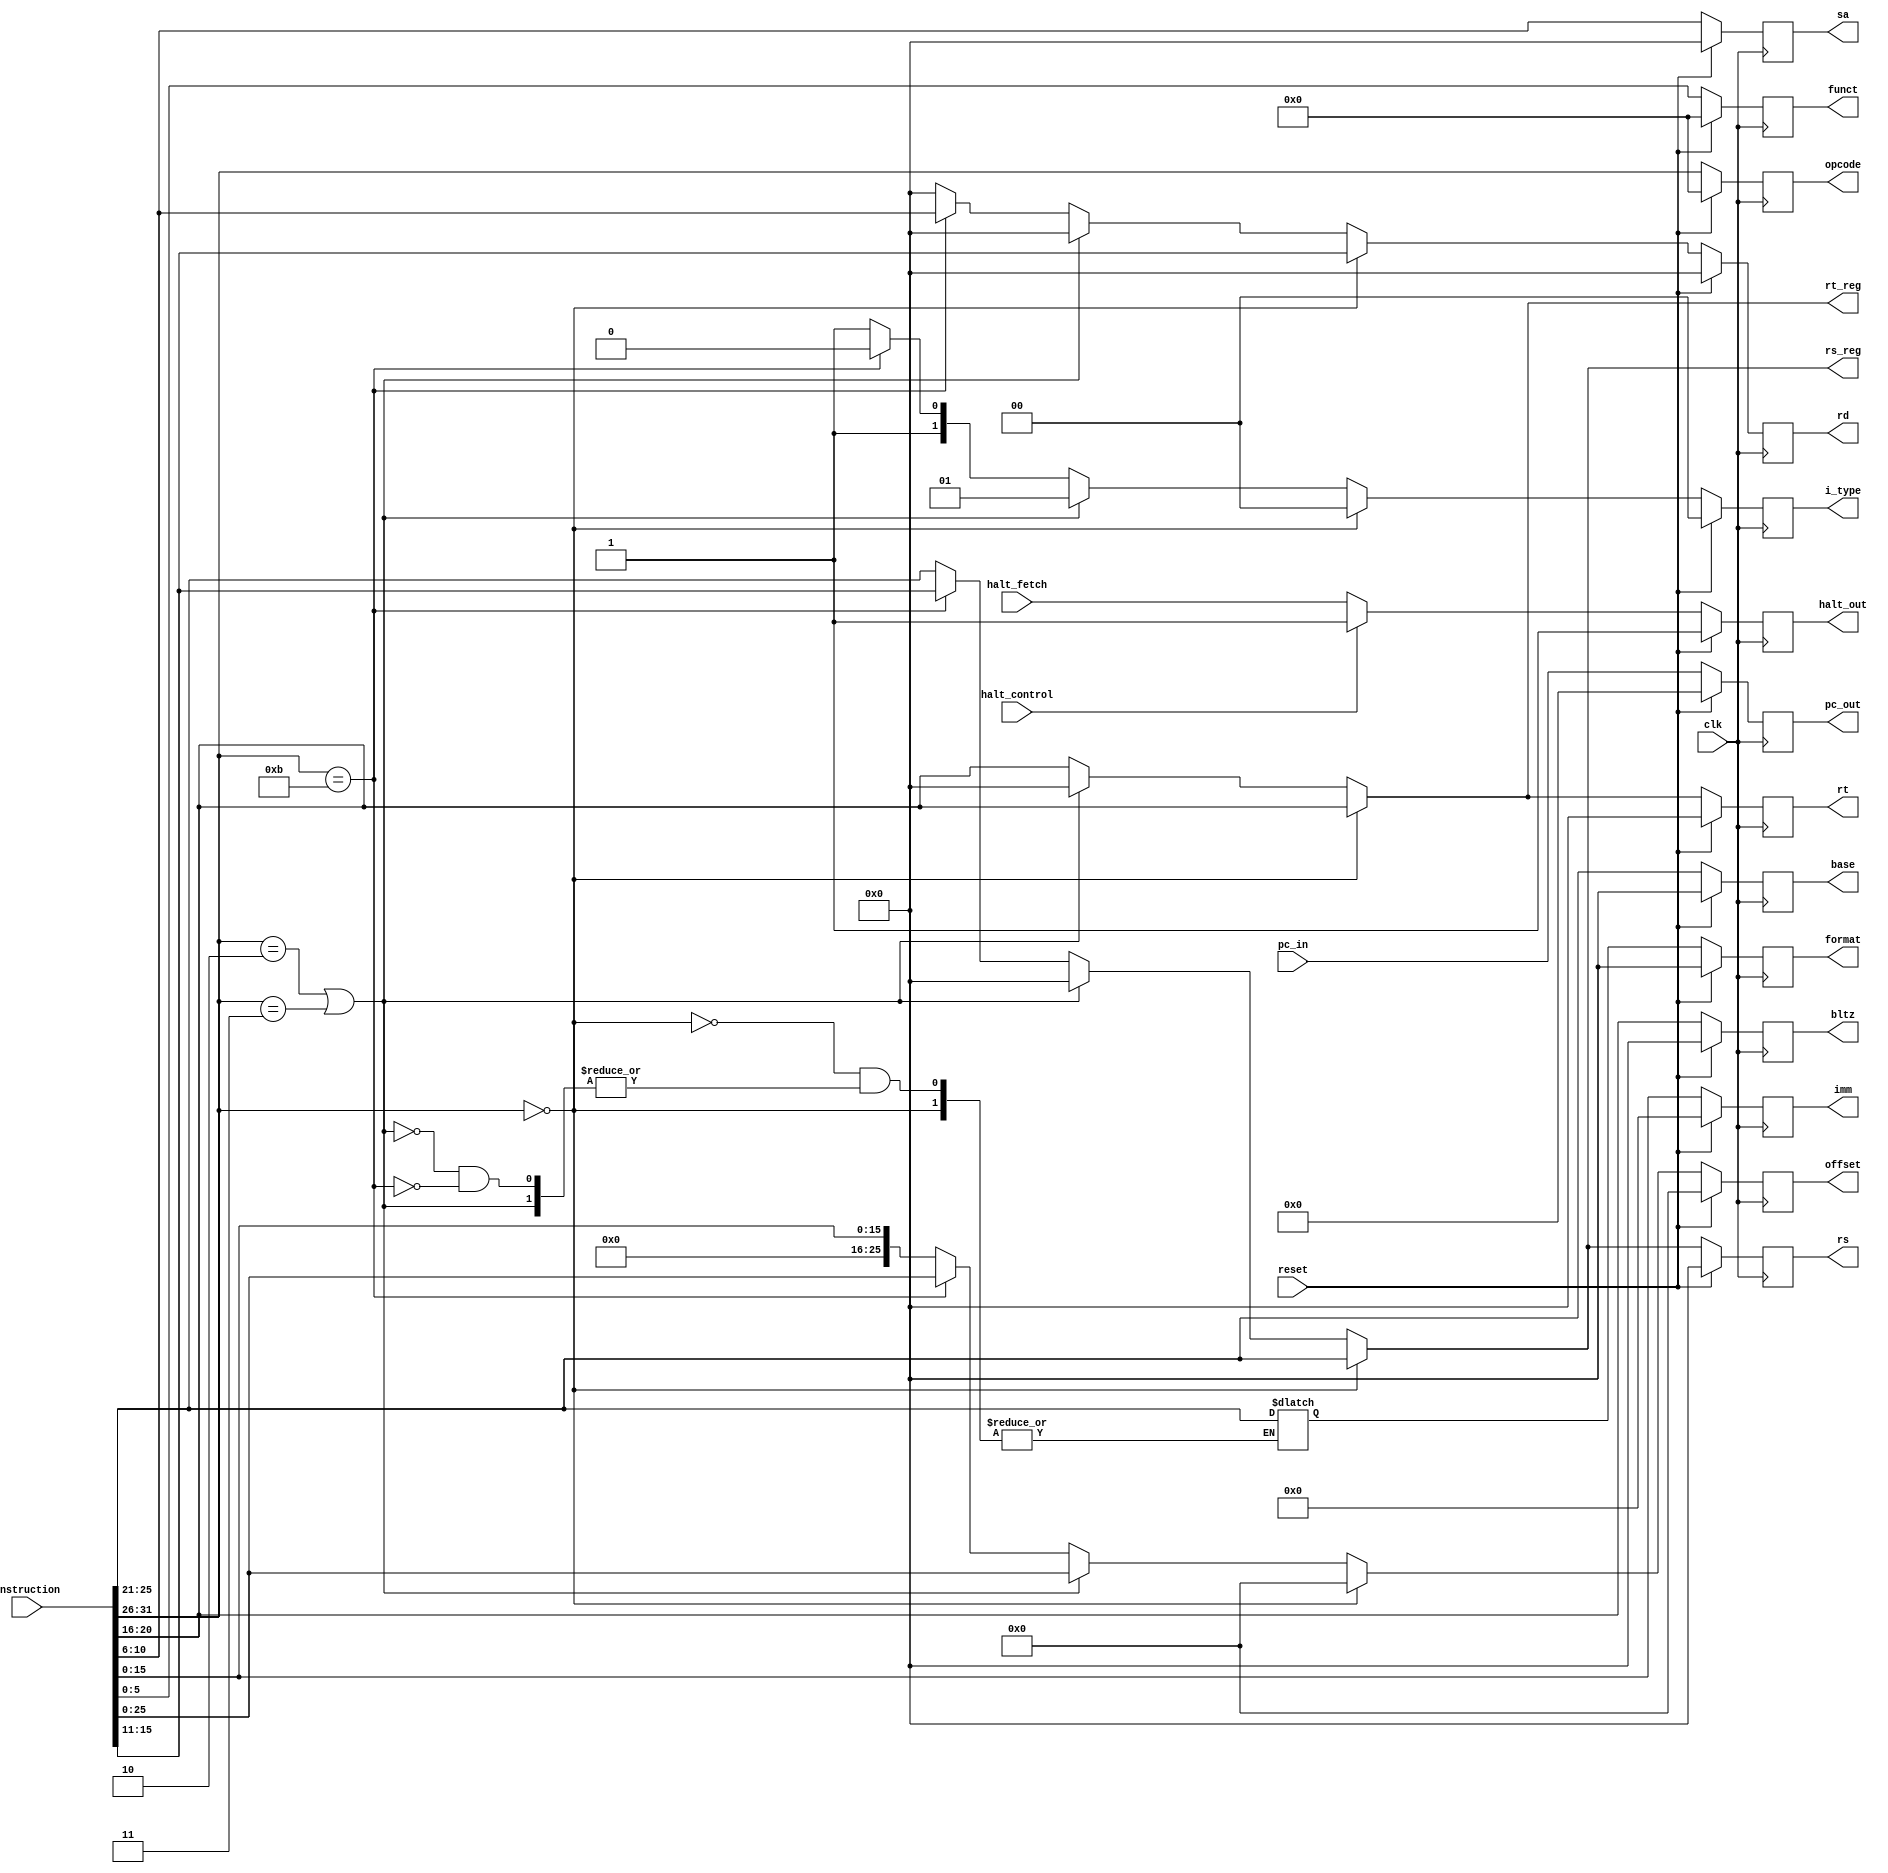
module id_stage(
				input wire 		  clk, // global clock
				input wire 		  reset, // global reset
				input wire [31:0] instruction, // from memory
				input wire [31:0] pc_in, //from if stage
				input wire 		  halt_fetch, // from if stage
				input wire 		  halt_control, // from control unit

				output reg [5:0]  opcode, // to the ex stage
				output reg [4:0]  format, // to the ex stage
				output reg [5:0]  funct, // to the ex stage
				output reg [4:0]  rs, // to the ex stage
				output reg [4:0]  rt, // to the ex stage
				output reg [4:0]  rd, // to the ex stage
				output reg [15:0] imm, // to the ex stage
				output reg [25:0] offset, // to the ex stage
				output reg [4:0]  base, //to the ex stage
				output reg [4:0]  sa, // to the ex stage
				output reg [4:0]  bltz, //to the ex stage
				output reg [31:0] pc_out, //to the ex stage
				output reg 		  halt_out, //to the ex stage
				output reg [1:0]  i_type, //to the ex stage

				output [4:0] 	  rs_reg,//to the register file
				output [4:0] 	  rt_reg//to the register file
				//  output rs_enable,
				//  output rt_enable
				);
   
   wire [5:0] 					  opcode_temp;
   reg [4:0] 					  format_temp;
   wire [5:0] 					  funct_temp;
   reg [1:0] 					  i_type_temp;
   reg [4:0] 					  rs_temp;
   reg [4:0] 					  rt_temp;
   reg [4:0] 					  rd_temp;
   wire [15:0] 					  imm_temp;
   reg [25:0] 					  offset_temp;					  
   wire [4:0] 					  base_temp;
   wire [4:0] 					  sa_temp;
   wire [4:0] 					  bltz_temp;
   wire 						  halt_temp;

   assign halt_temp = (halt_control == 1'b1)? 1'b1 : halt_fetch;

   assign opcode_temp = instruction[31:26];
   assign base_temp = instruction[25:21];
   assign sa_temp = instruction[10:6];
   assign bltz_temp = instruction[20:16];
   assign funct_temp = instruction[5:0];
   assign imm_temp = instruction[15:0];
   
   always @(instruction) begin
      if(opcode_temp == 6'b0) begin//R-type instructionruction
		 i_type_temp <= 2'd0;
		 rs_temp <= instruction[25:21];
		 rt_temp <= instruction[20:16];
		 rd_temp <= instruction[15:11];
		 offset_temp <= 26'b0;
      end else if(opcode_temp == 6'b000010 | opcode_temp == 6'b000011) begin//J-type instructionruction
		 i_type_temp <= 2'd1;
		 rs_temp <= 5'b0;
		 rt_temp <= 5'b0;
		 rd_temp <= 5'b0;
		 offset_temp <= instruction[25:0];
	  end else if(opcode_temp == 6'b001011) begin//C-type instructionruction
		 i_type_temp <= 2'd2;
		 rs_temp <= instruction[15:11];
		 rt_temp <= instruction[20:16];
		 rd_temp <= instruction[10:6];
		 offset_temp <= instruction[25:0];
		 format_temp <= instruction[25:21];
      end else begin//I-type instructionruction
		 i_type_temp <= 2'd3;
		 rs_temp <= instruction[25:21];
		 rt_temp <= instruction[20:16];
		 rd_temp <= 5'b0;
		 offset_temp <= {10'b0, instruction[15:0]}; //Is it OK??? FIXME
      end
   end

   /*these signals are connected with register file*/
   assign rs_reg = rs_temp;
   assign rt_reg = rt_temp;
   assign rd_reg = rd_temp;

   always @(posedge clk) begin
      if(reset == 1'b1) begin
		 opcode <= 6'b0;
		 format <= 5'b0;
		 funct <= 6'b0;
		 rs <= 5'b0;
		 rt <= 5'b0;
		 rd <= 5'b0;
		 imm <= 16'b0;
		 offset <= 26'b0;
		 base <= 5'b0;
		 sa <= 5'b0;
		 bltz <= 5'b0;
		 halt_out <= 1'b1;
		 pc_out <= 32'b0;
		 i_type <= 2'b0;
      end // if (reset == 1'b1)
      else begin
		 opcode <= opcode_temp;
		 format <= format_temp;
		 funct <= funct_temp;
		 rs <= rs_temp;
		 rt <= rt_temp;
		 rd <= rd_temp;
		 imm <= imm_temp;
		 offset <= offset_temp;
		 base <= base_temp;
		 sa <= sa_temp;
		 bltz <= bltz_temp;
		 halt_out <= halt_temp;
		 pc_out <= pc_in;
		 i_type <= i_type_temp;
      end // else: !if(reset == 1'b1)
   end	  
endmodule